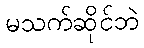
မသက်ဆိုင်ဘဲ